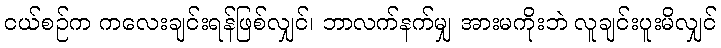
ငယ်စဉ်က ကလေးချင်းရန်ဖြစ်လျှင်၊ ဘာလက်နက်မျှ အားမကိုးဘဲ လူချင်းပူးမိလျှင်